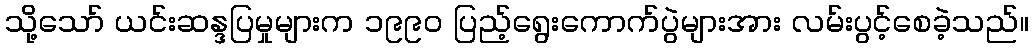
သို့သော် ယင်းဆန္ဒပြမှုများက ၁၉၉၀ ပြည့်ရွေးကောက်ပွဲများအား လမ်းပွင့်စေခဲ့သည်။